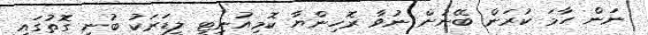
ނަން ހާމަ ކުރަން ބޭނުން ނުވާ ރޮހިންޔާ ކޮމިއުނިޓީ ލީޑަރަކު ބުނި ގޮތުގައި